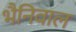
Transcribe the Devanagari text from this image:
भैनिवाल